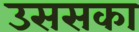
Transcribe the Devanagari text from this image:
उससका